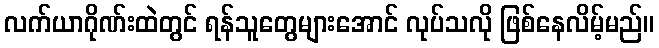
လက်ယာဂိုဏ်းထဲတွင် ရန်သူတွေများအောင် လုပ်သလို ဖြစ်နေလိမ့်မည်။